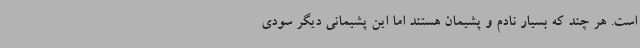
است. هر چند که بسیار نادم و پشیمان هستند اما این پشیمانی دیگر سودی